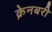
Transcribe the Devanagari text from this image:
क्रेनबरी